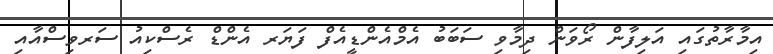
އިމާރާތުގައި އަލިފާން ރޯވަން ދިމާވި ސަބަބު އެމްއެންޑީއެފް ފަޔަރ އެންޑް ރެސްކިއު ސަރވިސްއާއި